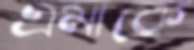
এমাকে